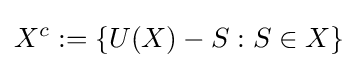
X^{c}:=\{U(X)-S:S\in X\}